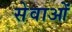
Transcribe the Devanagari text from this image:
सेवाओंं